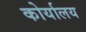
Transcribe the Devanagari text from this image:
कोर्यालय